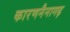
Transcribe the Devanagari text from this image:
कारणनैनागढ़